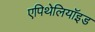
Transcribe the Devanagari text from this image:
एपिथेलियॉइड